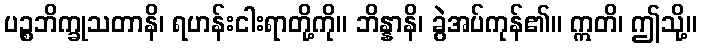
ပဉ္စဘိက္ခုသတာနိ၊ ရဟန်းငါးရာတို့ကို။ ဘိန္နာနိ၊ ခွဲအပ်ကုန်၏။ ဣတိ၊ ဤသို့။